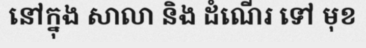
នៅក្នុង សាលា និង ដំណើរ ទៅ មុខ